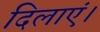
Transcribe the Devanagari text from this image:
दिलाएं।